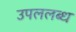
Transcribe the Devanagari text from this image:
उपललब्ध